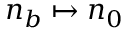
n _ { b } \mapsto n _ { 0 }